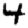
Digit: 4